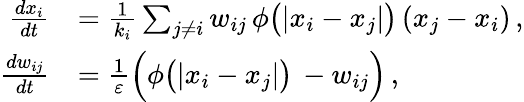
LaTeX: \begin{array}{rl}{\frac{dx_{i}}{dt}}&{=\frac{1}{k_{i}}\sum_{j\neq i}w_{ij}\, \phi\big(|x_{i}-x_{j}|\big)\, (x_{j}-x_{i})\, ,}\\ {\frac{dw_{ij}}{dt}}&{=\frac{1}{\varepsilon}\Big(\phi\big(|x_{i}-x_{j}|\big)\, -w_{ij}\Big)\, ,}\end{array}